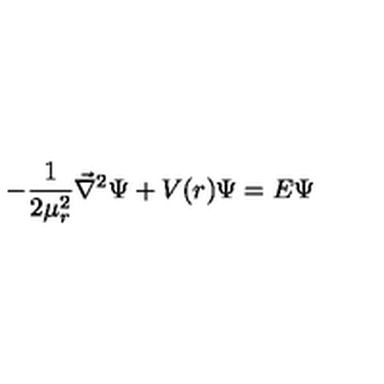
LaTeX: - { \frac { 1 } { 2 \mu _ { r } ^ { 2 } } } { \vec { \nabla } } ^ { 2 } \Psi + V ( r ) \Psi = E \Psi \